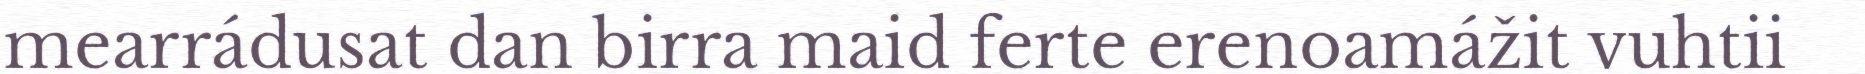
mearrádusat dan birra maid ferte erenoamážit vuhtii